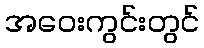
အဝေးကွင်းတွင်